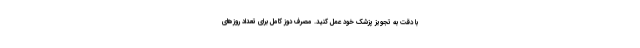
با دقت به تجویز پزشک خود عمل کنید. مصرف دوز کامل برای تعداد روزهای